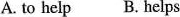
A. to help B. helps